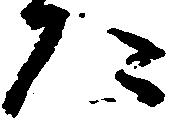
た